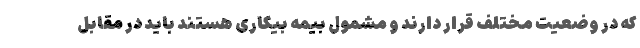
که در وضعیت مختلف قرار دارند و مشمول بیمه بیکاری هستند باید در مقابل